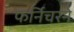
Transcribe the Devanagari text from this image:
फर्निचरने